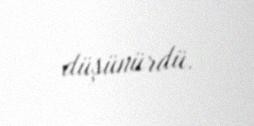
düşünürdü.